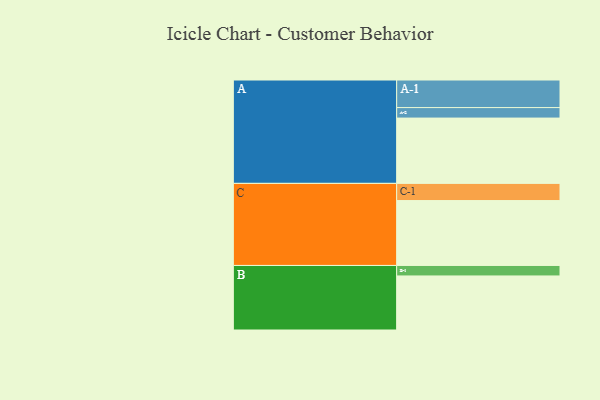
{"axis": {"x": "Segment", "y": "Value"}, "legend": ["", "A", "B", "C"], "data": [{"x": "A", "y": 592, "type": ""}, {"x": "B", "y": 490, "type": ""}, {"x": "C", "y": 588, "type": ""}, {"x": "A-1", "y": 250, "type": "A"}, {"x": "A-2", "y": 95, "type": "A"}, {"x": "B-1", "y": 95, "type": "B"}, {"x": "C-1", "y": 156, "type": "C"}]}